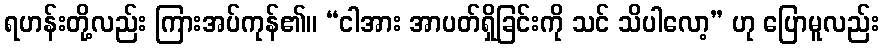
ရဟန်းတို့လည်း ကြားအပ်ကုန်၏။ “ငါအား အာပတ်ရှိခြင်းကို သင် သိပါလော့” ဟု ပြောမူလည်း